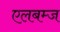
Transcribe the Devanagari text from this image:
एलबम्ज